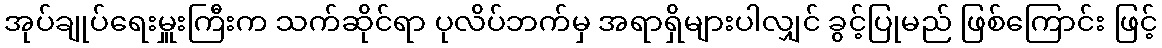
အုပ်ချုပ်ရေးမှူးကြီးက သက်ဆိုင်ရာ ပုလိပ်ဘက်မှ အရာရှိများပါလျှင် ခွင့်ပြုမည် ဖြစ်ကြောင်း ဖြင့်